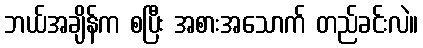
ဘယ်အချိန်က စပြီး အစားအသောက် တည်ခင်းလဲ။